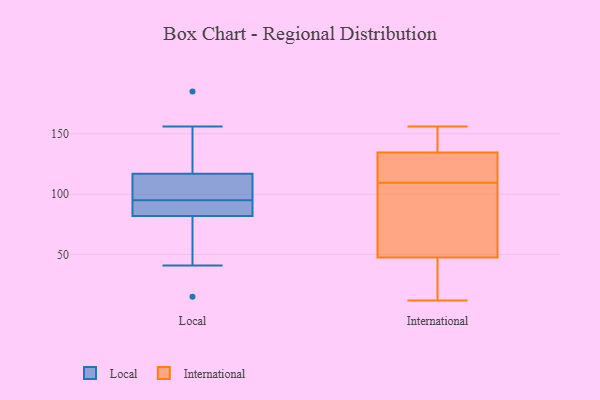
{"axis": {"x": "Waste Production (Tons)", "y": "Value"}, "legend": ["International", "Local"], "data": [{"x": "", "y": 92, "type": "Local"}, {"x": "", "y": 123, "type": "Local"}, {"x": "", "y": 82, "type": "Local"}, {"x": "", "y": 116, "type": "Local"}, {"x": "", "y": 115, "type": "Local"}, {"x": "", "y": 156, "type": "Local"}, {"x": "", "y": 76, "type": "Local"}, {"x": "", "y": 98, "type": "Local"}, {"x": "", "y": 153, "type": "Local"}, {"x": "", "y": 15, "type": "Local"}, {"x": "", "y": 56, "type": "Local"}, {"x": "", "y": 102, "type": "Local"}, {"x": "", "y": 89, "type": "Local"}, {"x": "", "y": 83, "type": "Local"}, {"x": "", "y": 185, "type": "Local"}, {"x": "", "y": 89, "type": "Local"}, {"x": "", "y": 41, "type": "Local"}, {"x": "", "y": 117, "type": "Local"}, {"x": "", "y": 156, "type": "International"}, {"x": "", "y": 16, "type": "International"}, {"x": "", "y": 24, "type": "International"}, {"x": "", "y": 142, "type": "International"}, {"x": "", "y": 85, "type": "International"}, {"x": "", "y": 119, "type": "International"}, {"x": "", "y": 153, "type": "International"}, {"x": "", "y": 12, "type": "International"}, {"x": "", "y": 126, "type": "International"}, {"x": "", "y": 100, "type": "International"}, {"x": "", "y": 71, "type": "International"}, {"x": "", "y": 127, "type": "International"}]}